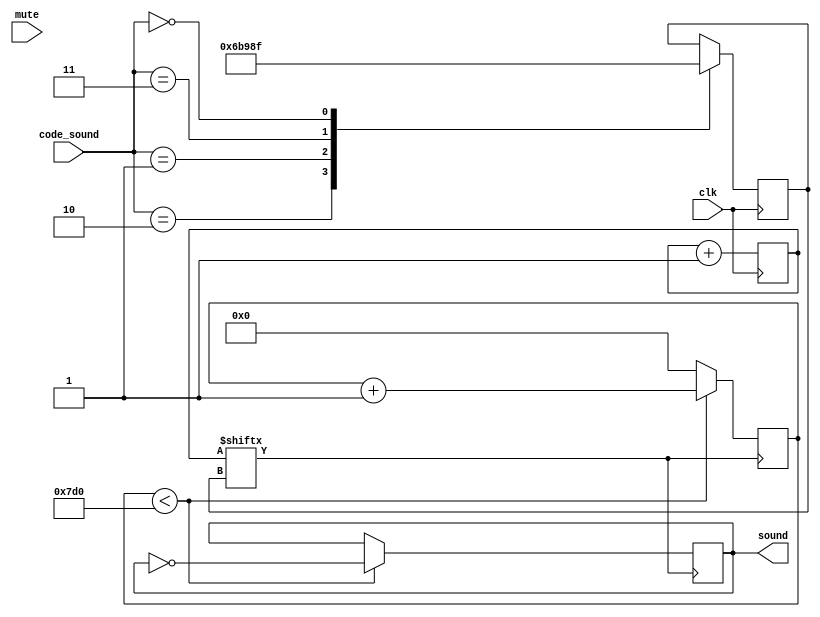
module sound_controller (
                input wire       clk,          // System clock.
                input wire       mute,         // Silence sound output. 
                input wire [2:0] code_sound,   // Play this code sound.
                output wire      sound         // Output in PWM of sound.
             );

    // Sounds definition.
    parameter [1:0] ping = 2'b10;
    parameter [1:0] pong = 2'b01;
    parameter [1:0] go   = 2'b11;
    parameter [1:0] stop = 2'b00;
	
    // Registers.
    reg [31:0] counter = 0;
    reg [4:0] frec = 10;
    reg [31:0] duration;
    
    always @(posedge clk)
    begin
        counter = counter + 1;
        
        //if (mute)
        //    sound <= 1'b0;
        //else
			case (code_sound)
				ping:
                    begin
                        frec <= 13;
                    end
				pong:
                    begin
                        frec <= 14;
                    end
			 	go:
                    begin
                        frec <= 12;
                    end
				stop:
                    begin
                        frec <= 15;
                    end
			endcase
    end
    
    always @(posedge counter[frec])
    begin
            if (duration < 2000)
            begin
                sound <= ~sound;
                duration <= duration + 1;
            end
            else
                duration <= 0;
    end

endmodule